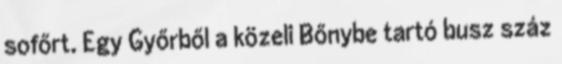
sofőrt. Egy Győrből a közeli Bőnybe tartó busz száz